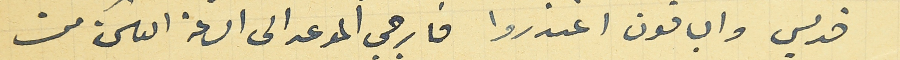
قديس والباقون اعتذروا فارجي الموعد الى  الساعة العاشرة من